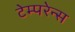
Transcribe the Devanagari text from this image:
टेम्परेन्स